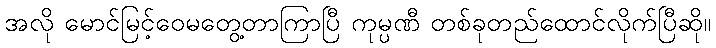
အလို မောင်မြင့်ဝေမတွေ့တာကြာပြီ ကုမ္ပဏီ တစ်ခုတည်ထောင်လိုက်ပြီဆို။